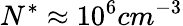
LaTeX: N^{*}\approx 10^{6}cm^{-3}